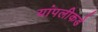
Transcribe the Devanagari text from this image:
यांपलीकडे